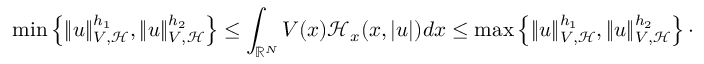
\operatorname* { m i n } \left\lbrace \| u \| _ { V , \mathcal { H } } ^ { h _ { 1 } } , \| u \| _ { V , \mathcal { H } } ^ { h _ { 2 } } \right\rbrace \leq \int _ { { \mathbb R } ^ { N } } V ( x ) \mathcal { H } _ { x } ( x , | u | ) d x \leq \operatorname* { m a x } \left\lbrace \| u \| _ { V , \mathcal { H } } ^ { h _ { 1 } } , \| u \| _ { V , \mathcal { H } } ^ { h _ { 2 } } \right\rbrace \cdot